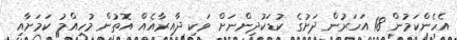
އެހެންކަމުން 18 އަހަރުން ދަށުގެ ކުޑަކުދިންނަށް ވަކި ދާއިރާއެއް އޮތުން މުހިއްމު ކަމަށާއި